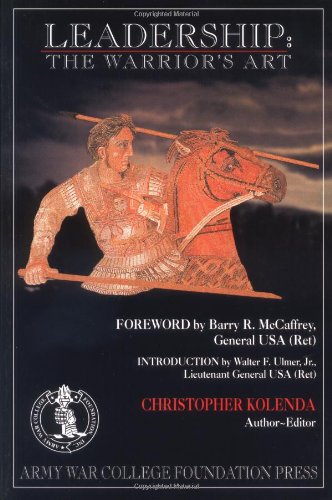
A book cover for Leadership: The Warrior's Art; History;